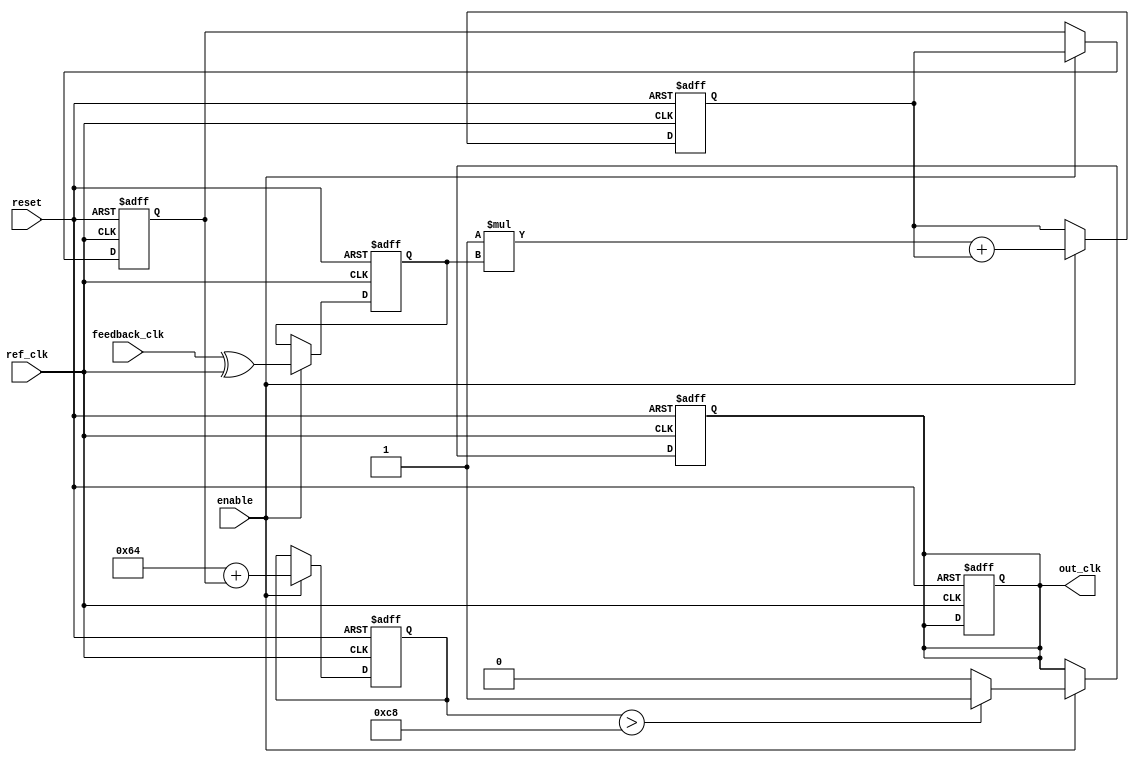
module ADPLL(
    input  wire ref_clk,          // Reference clock input
    input  wire feedback_clk,     // Feedback clock from VCO
    input  wire reset,            // Reset signal
    input  wire enable,           // Enable signal for the PLL
    output reg out_clk            // Output clock signal
);

    // Phase Detector
    reg phase_error;

    always @(posedge ref_clk or posedge reset) begin
        if (reset) begin
            phase_error <= 0;
        end else if (enable) begin
            // Simulated phase error detection
            phase_error <= feedback_clk ^ ref_clk; // Simple XOR for phase detection
        end
    end

    // Digital Loop Filter (First-order)
    reg [7:0] control_signal;
    reg [7:0] filtered_error;
    parameter FILTER_COEF = 8'd1; // Example filter coefficient

    always @(posedge ref_clk or posedge reset) begin
        if (reset) begin
            filtered_error <= 0;
            control_signal <= 0;
        end else if (enable) begin
            // First-order filter: control_signal = control_signal + (FILTER_COEF * phase_error)
            filtered_error <= FILTER_COEF * phase_error + filtered_error;
            control_signal <= filtered_error;
        end
    end

    // Voltage-Controlled Oscillator (VCO)
    reg [7:0] vco_frequency;
    parameter BASE_FREQ = 8'd100; // Base frequency for VCO

    always @(posedge ref_clk or posedge reset) begin
        if (reset) begin
            vco_frequency <= BASE_FREQ;
            out_clk <= 0;
        end else if (enable) begin
            // Adjusting frequency based on control signal
            vco_frequency <= BASE_FREQ + control_signal;
            out_clk <= (vco_frequency > 200) ? 1 : 0; // Simple toggle to generate output clock
        end
    end

    // Memory Block for Phase Information and Control Parameters
    reg [7:0] memory_block [0:15]; // Example memory block size of 16 words

    // Control Logic
    always @(posedge ref_clk or posedge reset) begin
        if (reset) begin
            out_clk <= 0; // Reset output clock
        end else if (enable) begin
            // Simulate memory update (Here, we could update or read as per application needs)
            memory_block[0] <= control_signal; // Store control signal in memory
            // Additional memory updates can go here
        end
    end

endmodule